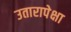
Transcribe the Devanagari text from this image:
उतारापेक्षा